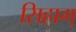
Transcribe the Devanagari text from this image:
सिहाग्